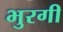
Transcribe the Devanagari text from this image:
भुरगी